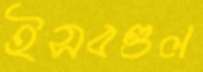
ইসবগুল